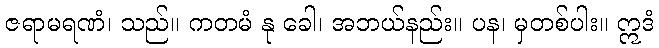
ဇရာမရဏံ၊ သည်။ ကတမံ နု ခေါ၊ အဘယ်နည်း။ ပန၊ မှတစ်ပါး။ ဣဒံ